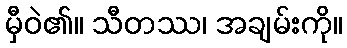
မှီဝဲ၏။ သီတဿ၊ အချမ်းကို။